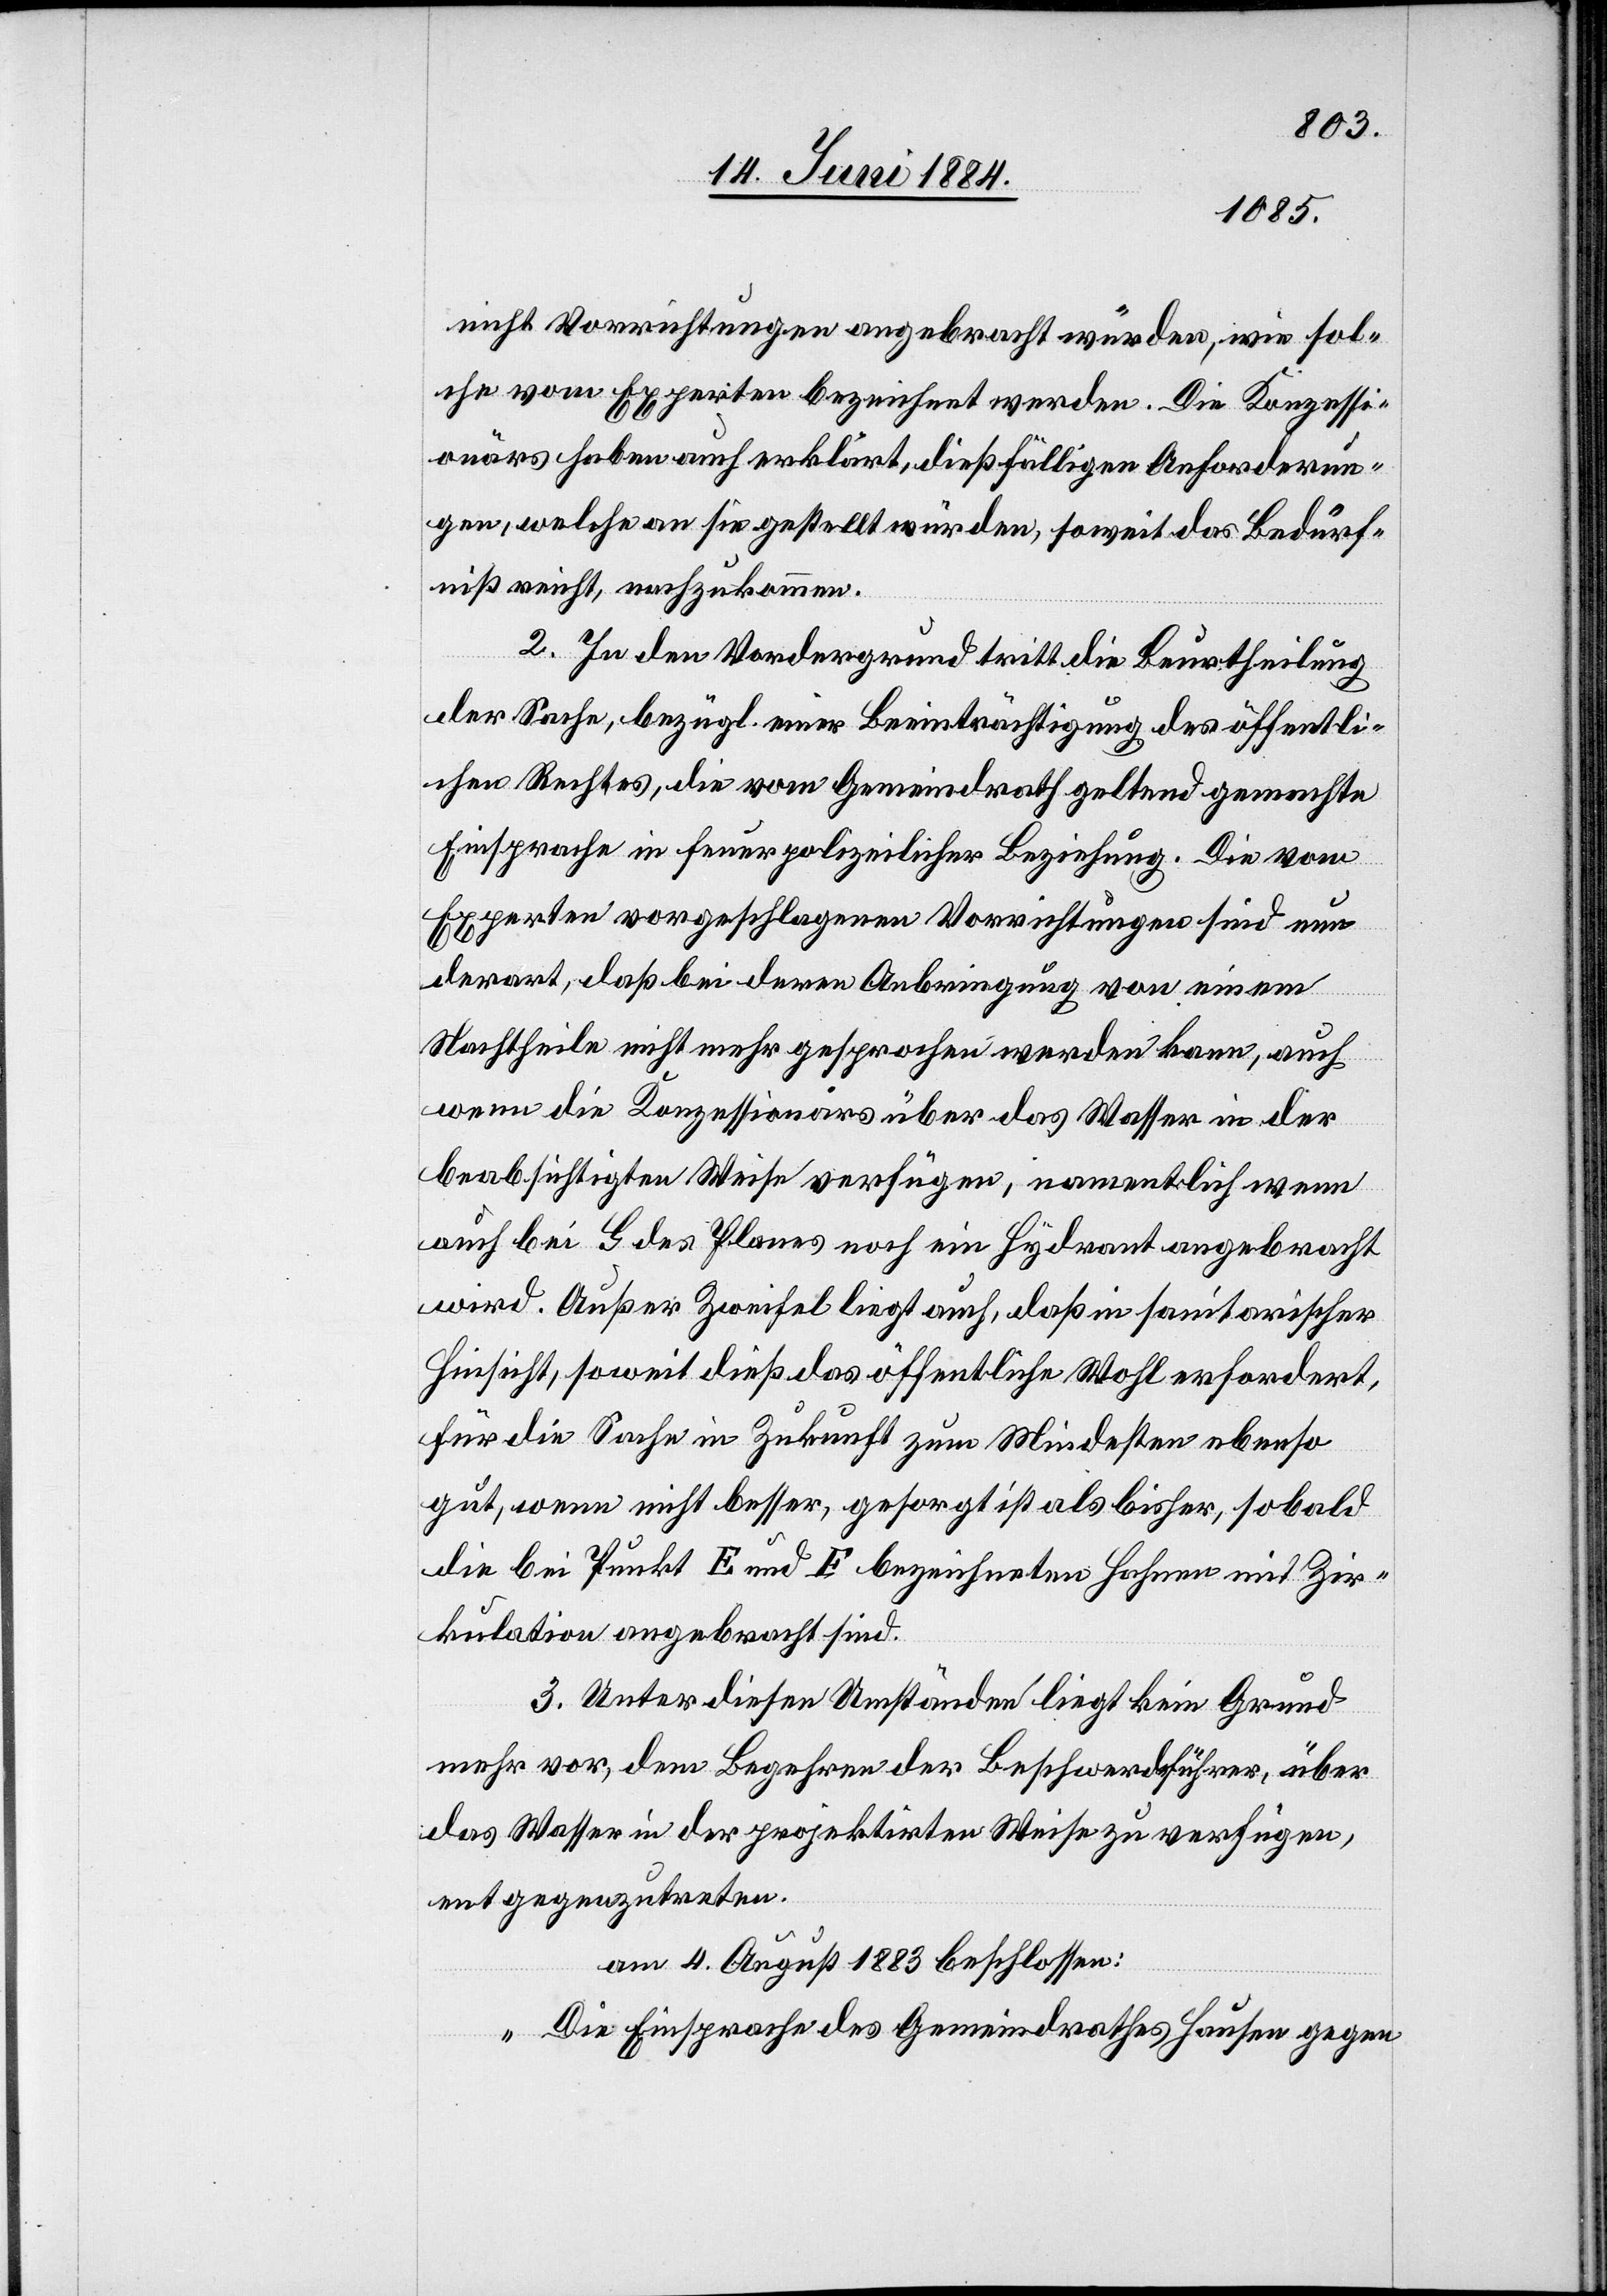
nicht Vorrichtungen angebracht würden, wie sol¬
che vom Experten bezeichnet werden. Die Konzessi¬
onärs haben auch erklärt, dießfälligen Anforderun¬
gen, welche an sie gestellt würden, soweit das Bedürf¬
niß reicht, nachzukommen.
2. In den Vordergrund tritt die Beurtheilung
der Sache, bezügl. einer Beeinträchtigung des öffentli¬
chen Rechtes, die vom Gemeindrath geltend gemachte
Einsprache in feuerpolizeilicher Beziehung. Die vom
Experten vorgeschlagenen Vorrichtungen sind nun
derart, daß bei deren Anbringung von einem
Nachtheile nicht mehr gesprochen werden kann, auch
wenn die Konzessionärs über das Wasser in der
beabsichtigten Weise verfügen, namentlich wenn
auch bei G des Planes noch ein Hydrant angebracht
wird. Außer Zweifel liegt auch, daß in sanitarischer
Hinsicht, soweit dieß das öffentliche Wohl erfordert,
für die Sache in Zukunft zum Mindesten ebenso
gut, wenn nicht besser, gesorgt ist als bisher, sobald
die bei Punkt E und F bezeichneten Hahnen mit Zir¬
kulation angebracht sind.
3. Unter diesen Umständen liegt kein Grund
mehr vor, dem Begehren der Beschwerdeführer, über
das Wasser in der projektirten Weise zu verfügen,
entgegenzutreten.
am 4. August 1883 beschlossen:
„Die Einsprache des Gemeindrathes Hausen gegen